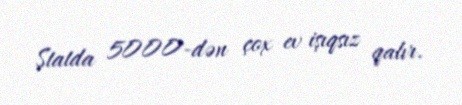
Ştatda 5000-dən çox ev işıqsız qalır.